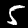
Label: 5